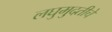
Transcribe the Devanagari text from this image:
लघुमुदतीचे